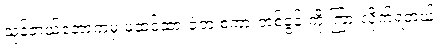
သုန်ဘယ်တော့ကမှ မထင်ထားခဲ့တဲ့ စကားတစ်ခွန်းကို ကြားလိုက်ရတယ်။